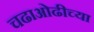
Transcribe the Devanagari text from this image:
चढाओढीच्या